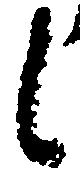
候